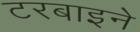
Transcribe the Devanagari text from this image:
टरबाइने